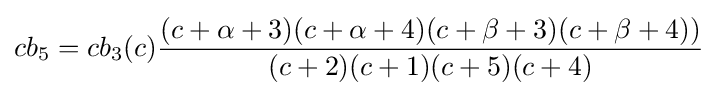
cb_{5}=cb_{3}(c){\frac {(c+\alpha +3)(c+\alpha +4)(c+\beta +3)(c+\beta +4))}{(c+2)(c+1)(c+5)(c+4)}}